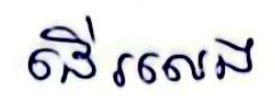
ដើរលេង